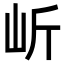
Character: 岓